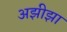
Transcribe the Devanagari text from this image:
अझीझा